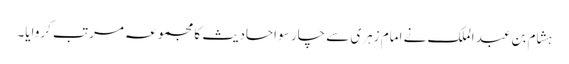
ہشام بن عبد الملک نے امام زہری سے چار سو احادیث کا مجموعہ مرتب کروایا۔